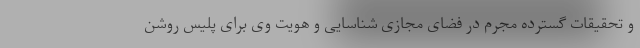
و تحقیقات گسترده مجرم در فضای مجازی شناسایی و هویت وی برای پلیس روشن